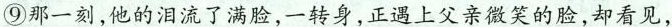
⑨那一刻,他的泪流了满脸,一转身,正遇上父亲微笑的脸,却看见，